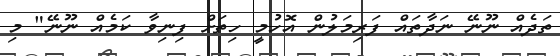
ތަދެއް ނޫނޭ ނަދާތައް ފަރިމަލުން އޮހުމީ ހިތަށް ފިނިވާ ކަމެއް ނޫނޭ" މި